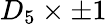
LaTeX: D_{5}\times\pm 1